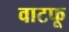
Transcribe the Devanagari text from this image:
वाटफू